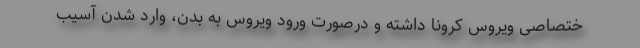
ختصاصی ویروس کرونا داشته و درصورت ورود ویروس به بدن، وارد شدن آسیب